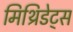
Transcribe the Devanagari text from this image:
मिथ्रिडेट्स